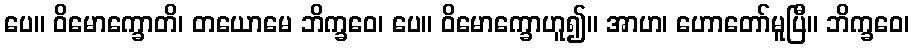
ပေ။ ဝိမောက္ခောတိ၊ တယောမေ ဘိက္ခဝေ၊ ပေ။ ဝိမောက္ခောဟူ၍။ အာဟ၊ ဟောတော်မူပြီ။ ဘိက္ခဝေ၊